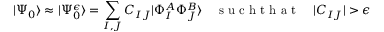
| \Psi _ { 0 } \rangle \approx | \Psi _ { 0 } ^ { \epsilon } \rangle = \sum _ { I , J } C _ { I J } | \Phi _ { I } ^ { A } \Phi _ { J } ^ { B } \rangle \quad \mathrm { ~ s ~ u ~ c ~ h ~ t ~ h ~ a ~ t ~ } \quad | C _ { I J } | > \epsilon